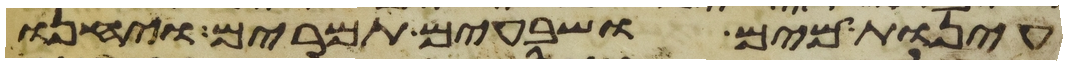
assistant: עינות מים ושבעים תמרים ויחנו